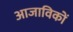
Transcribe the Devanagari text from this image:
आजाविकों